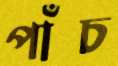
পাঁচ